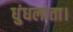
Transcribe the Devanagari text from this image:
धुंधलाता।